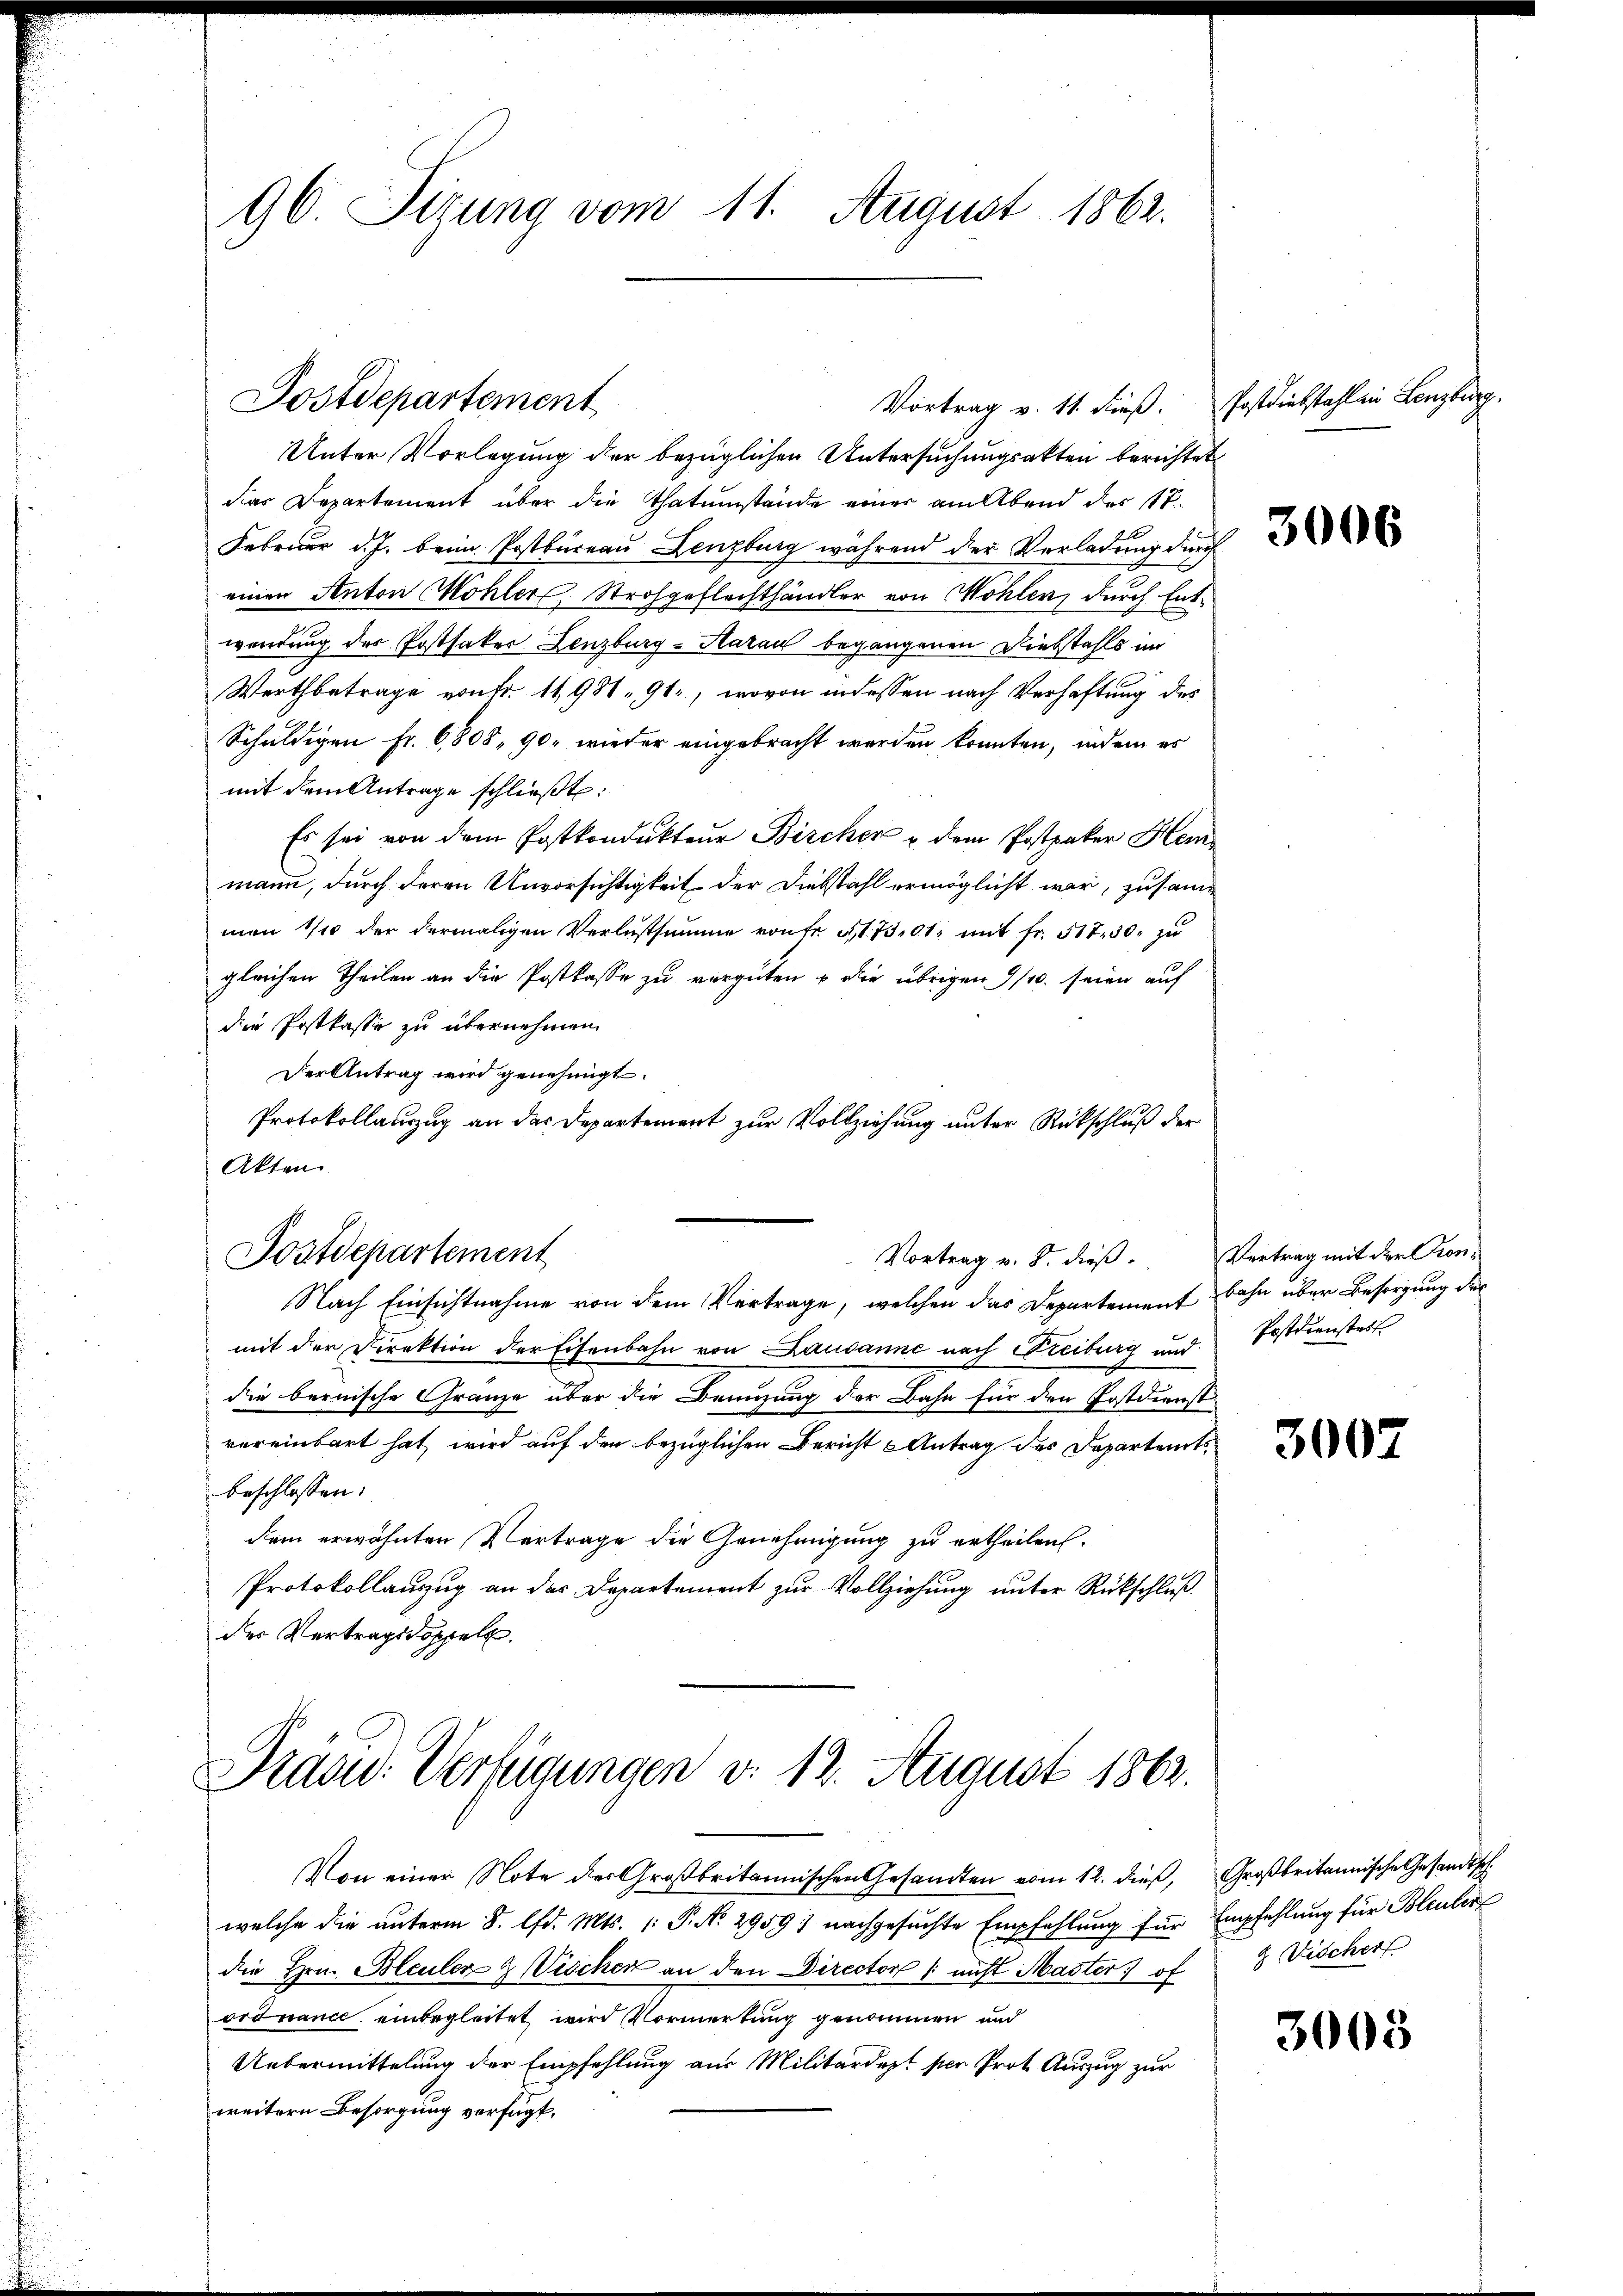
96. Sitzung vom 11. August 1862.

Unter Vorlegung der bezüglichen Untersuchungsakten berichtet
dies Departement über die Thatumstände einer am Abend des 17.
Februar d. J. beim Postbüreau Lenzburg während der Verladung durch
einen Anton Mohler, Strohgeflechthändler von Wohlen, durch Entwendung der Postfaker Lenzburg-Haran begangenen Diebstahls im
Wertbetrage von Fr. 11,98 - 91, wovon in dessen nach Verhaftung des
Schuldigen Fr. 6808, 90, wieder eingebracht werden konnten, indem es
mit dem Antrage schließt:
Es sei von dem Postkondukteur Bircher u dem Postpaker Heimann, durch deren Unvorsichtigkeit der Diebstahl ermöglicht war, zusammen 1/10 der dermaligen Verlustsumme von fr. 4173,01 mit fr. 517. 30. zu
gleichen Theilen an die Postkasse zu vergüten u die übrigen 9/10. seien auf
die Postkasse zu übernehmen.
Der Antrag wird genehmigt.
Protokollauszug an das Departement zur Vollziehung unter Rückschluß der
Akten.
Vortrag v. 8. dieß. Vertrag mit der Pron-
Postdepartement
Nach Einsichtnahme von dem Vertrage, welchen das Departement Bahn über Besorgung der
mit der Direktion der Eisenbahn von Lausanne nach Freiburg und Postdienstert
die bernische Gränze über die Benuzung der Bahn für den Postdienst
vereinbart hat, wird auf den bezüglichen Bericht Antrag des Departents
beschlossen:
dem erwähnten Vertrage die Genehmigung zu ertheilen.
Protokollauszug an der Departement zur Vollziehung unter Rückschluß
der Vertragsdoppell

Postdepartement

Vortrag v. 11. dieß. Postdiebstahl in Lenzburg.

Präsid. Verfügungen v. 12. August 1862.

Von einer Note der Großbritannischen Gesandten vom 12. dieß,
welche die unterm 8. lfd. Mts. (: P. No. 2959) nachgesuchte Empfehlung für Empfehlung für Bleuler
die Hrn. Bleuler & Vischer an den Director / nicht Master of
ordnance einbegleitet wird Vormerkung genommen und
Uebermittelung der Empfehlung aus Militärdept per Prot. Auszug zur
weitern Besorgung verfügt:

3006

3007

Großbritannische Gesandtsch
& Fischert.

3008